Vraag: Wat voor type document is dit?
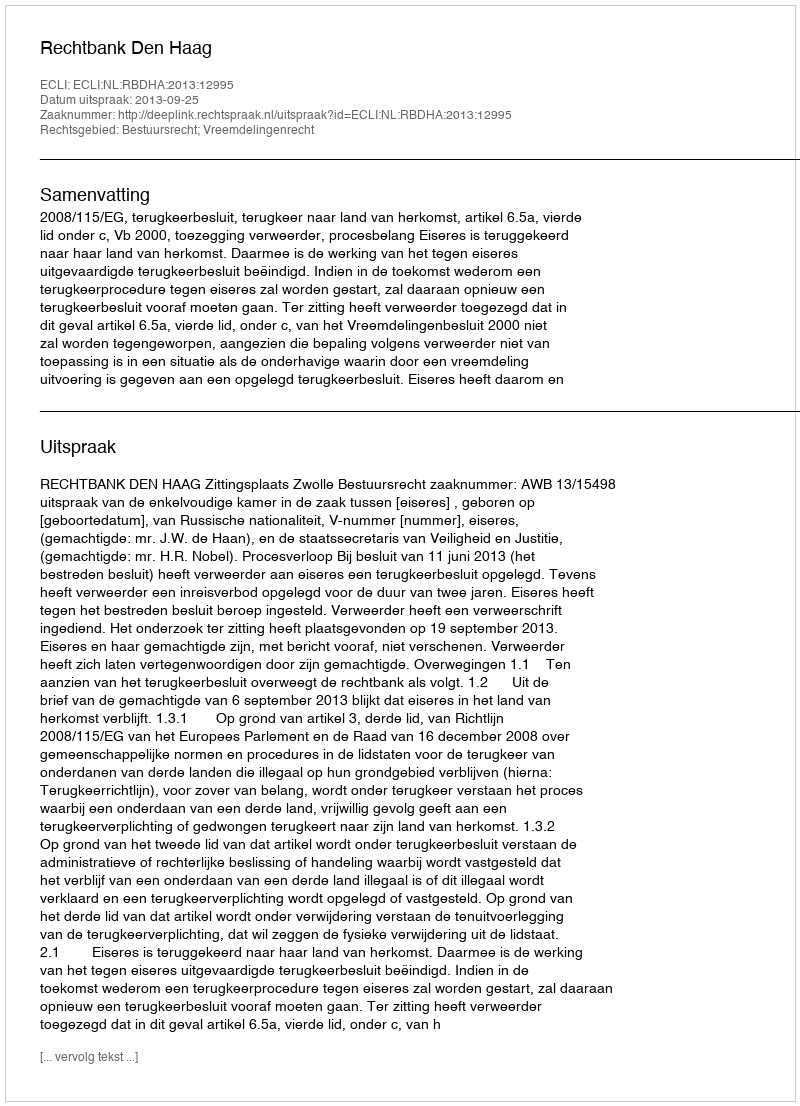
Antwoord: Uitspraak